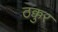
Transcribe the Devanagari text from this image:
ठक्कुर